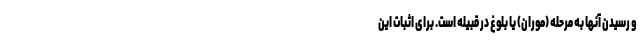
و رسیدن آنها به مرحله (موران) یا بلوغ در قبیله است. برای اثبات این